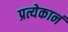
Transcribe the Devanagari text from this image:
प्रत्येकानं